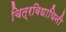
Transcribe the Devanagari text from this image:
चित्रविधायिनी